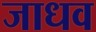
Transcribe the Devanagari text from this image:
जाधव